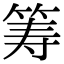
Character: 筹